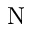
\mathrm { N }